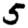
Digit: 5